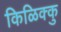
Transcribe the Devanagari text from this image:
किळिक्कु